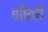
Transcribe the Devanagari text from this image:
बाँबची